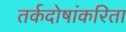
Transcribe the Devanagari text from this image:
तर्कदोषांकरिता